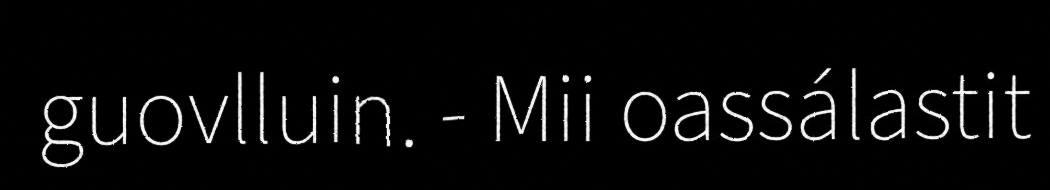
guovlluin. - Mii oassálastit